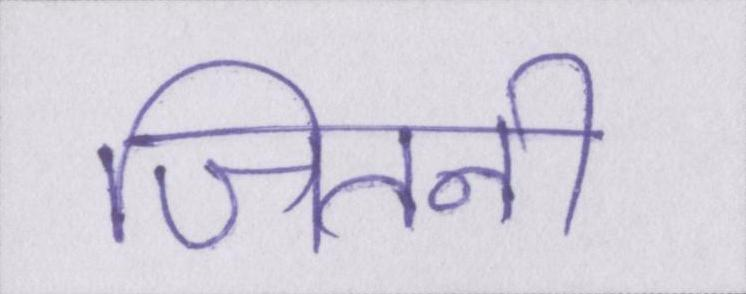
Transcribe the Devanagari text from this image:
जितनी